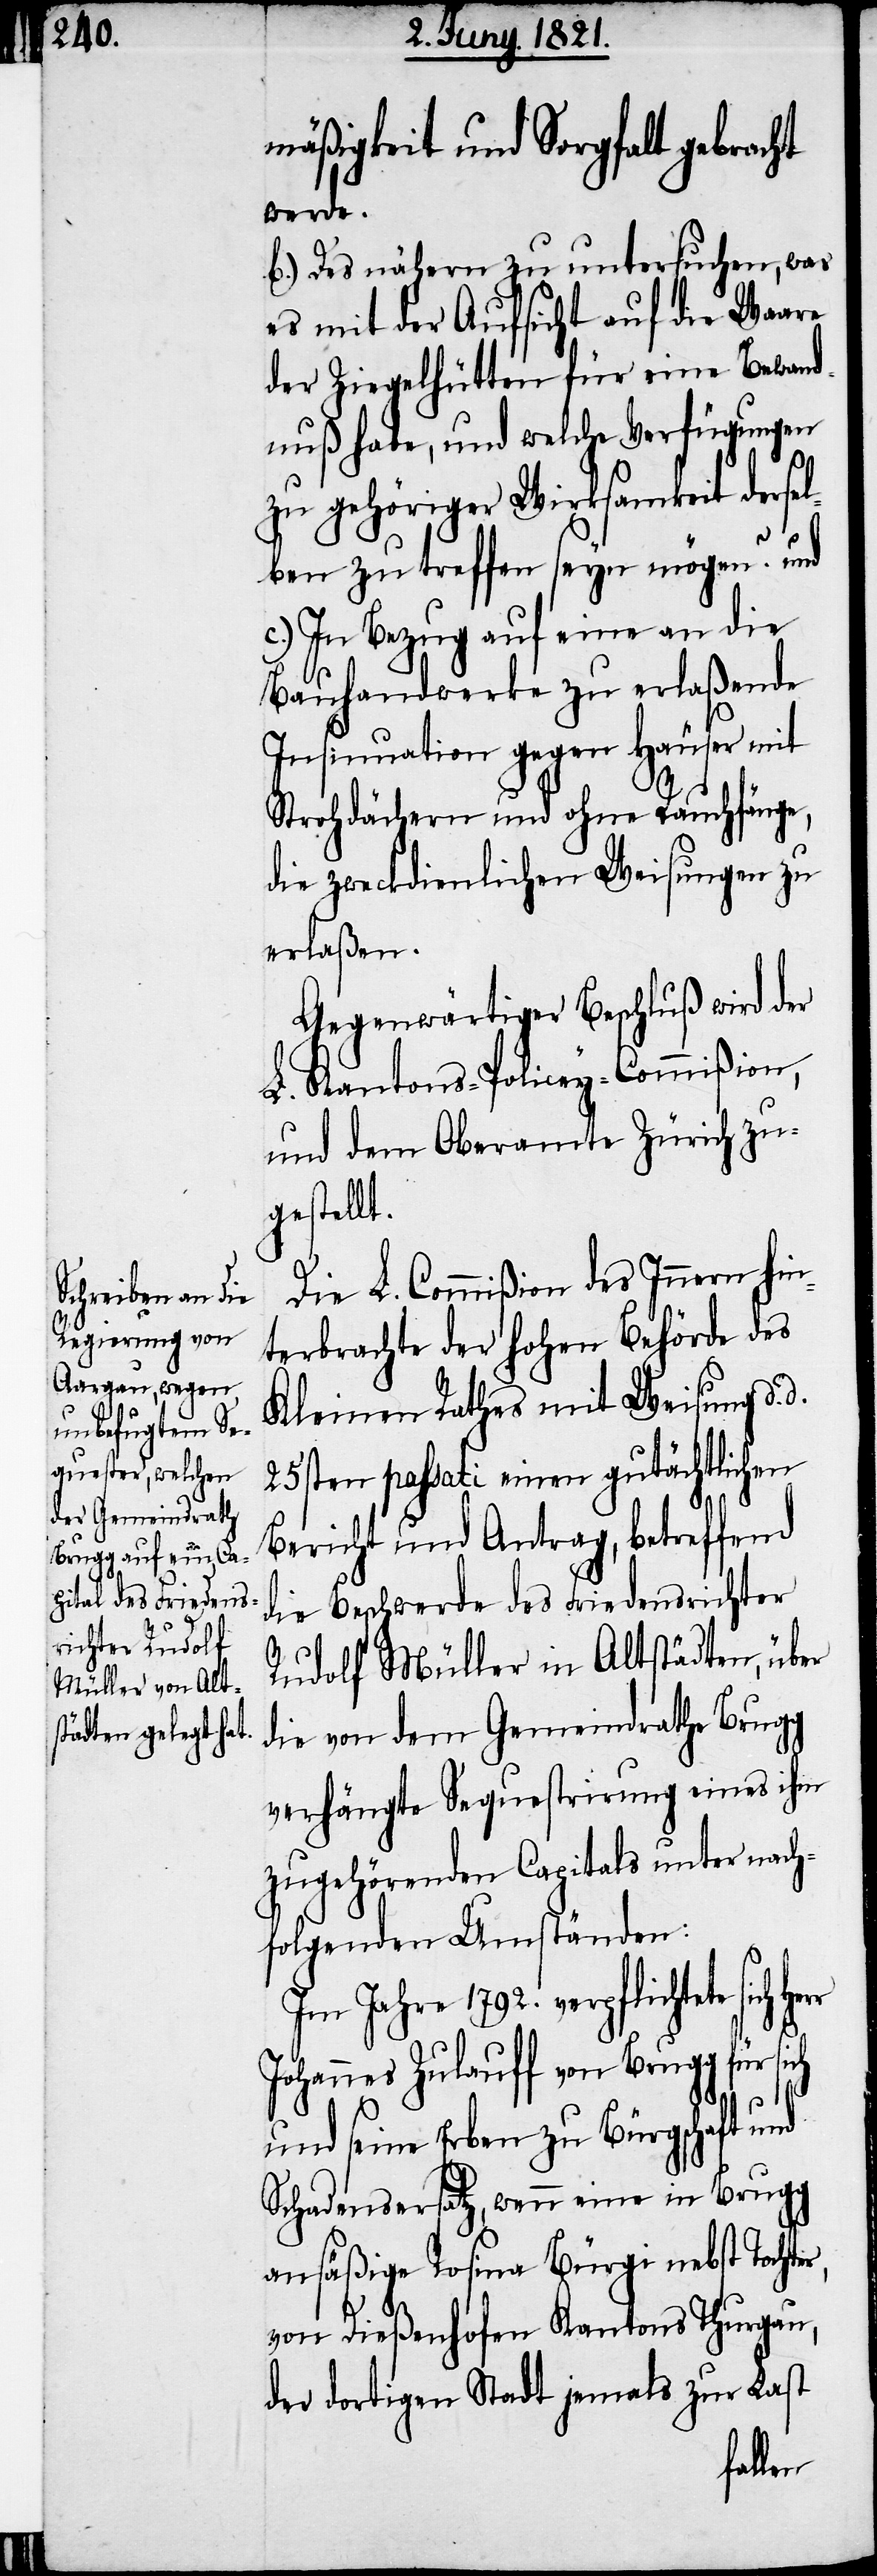
r,

mäßigkeit und Sorgfalt gebracht
werde.
b.) Des nähern zu untersuchen, was
es mit der Aufsicht auf die Waare
der Ziegelhütten für eine Bewand¬
nuß habe, und welche Verfügungen
zu gehöriger Wirksamkeit derse¬
lben zu treffen seyn mögen? und
c.) In Bezug auf eine an die
Bauhandwerke zu erlaßende
Insinuation gegen Häuser mit
Strohdächern und ohne Rauchfänge,
die zweckdienlichen Weisungen zu
erlaßen.
Gegenwärtiger Beschluß wird der
L. Kantons-Policey-Commißion,
und dem Oberamte Zürich zu¬
gestellt.
Die L. Commißion des Innern hin¬
terbrachte der hohen Behörde des
Kleinen Rathes mit Weisung d.
25sten passati einen gutächtlichen
Bericht und Antrag, betreffend
die Beschwerde des Friedensrichter
Rudolf Müller in Altstädten
die von dem Gemeindrath Brugg
verhängte Sequestrirung eines ihm
zugehörenden Capitals unter nach¬
folgenden Umständen:
Jahre 1792. verpflichtete
Johannes Zulauff von Brugg für sich
und seine Erben zu Bürgschaft und
Schadensersatz, wenn eine in Brugg
ansäßige Rosina Bürgi nebst Tochte¬
von Dießenhofen Kantons Thurgau,
der dortigen Stadt jemals zur Last